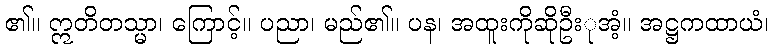
၏။ ဣတိတသ္မာ၊ ကြောင့်။ ပညာ၊ မည်၏။ ပန၊ အထူးကိုဆိုဦးုအံ့။ အဋ္ဌကထာယံ၊